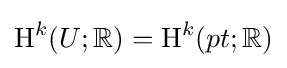
\operatorname {H} ^{k}(U;\mathbb {R} )=\operatorname {H} ^{k}(pt;\mathbb {R} )